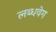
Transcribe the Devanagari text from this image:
लब्धवेग